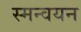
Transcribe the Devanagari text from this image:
स्मन्वयन